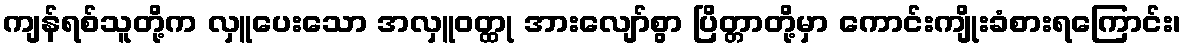
ကျန်ရစ်သူတို့က လှူပေးသော အလှူဝတ္ထု အားလျော်စွာ ပြိတ္တာတို့မှာ ကောင်းကျိုးခံစားရကြောင်း၊